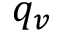
q _ { v }